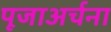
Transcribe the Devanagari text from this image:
पूजाअर्चना